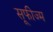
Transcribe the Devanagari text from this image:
सूफीज्म